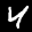
Label: 4